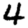
Digit: 4